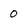
Character: 0